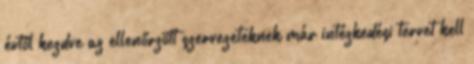
évtől kezdve az ellenőrzött szervezeteknek már intézkedési tervet kell